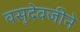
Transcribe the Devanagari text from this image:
वसुदेवजीने